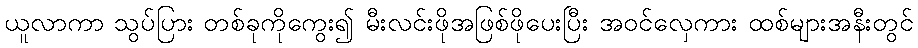
ယူလာကာ သွပ်ပြား တစ်ခုကိုကွေး၍ မီးလင်းဖိုအဖြစ်ဖိုပေးပြီး အဝင်လှေကား ထစ်များအနီးတွင်